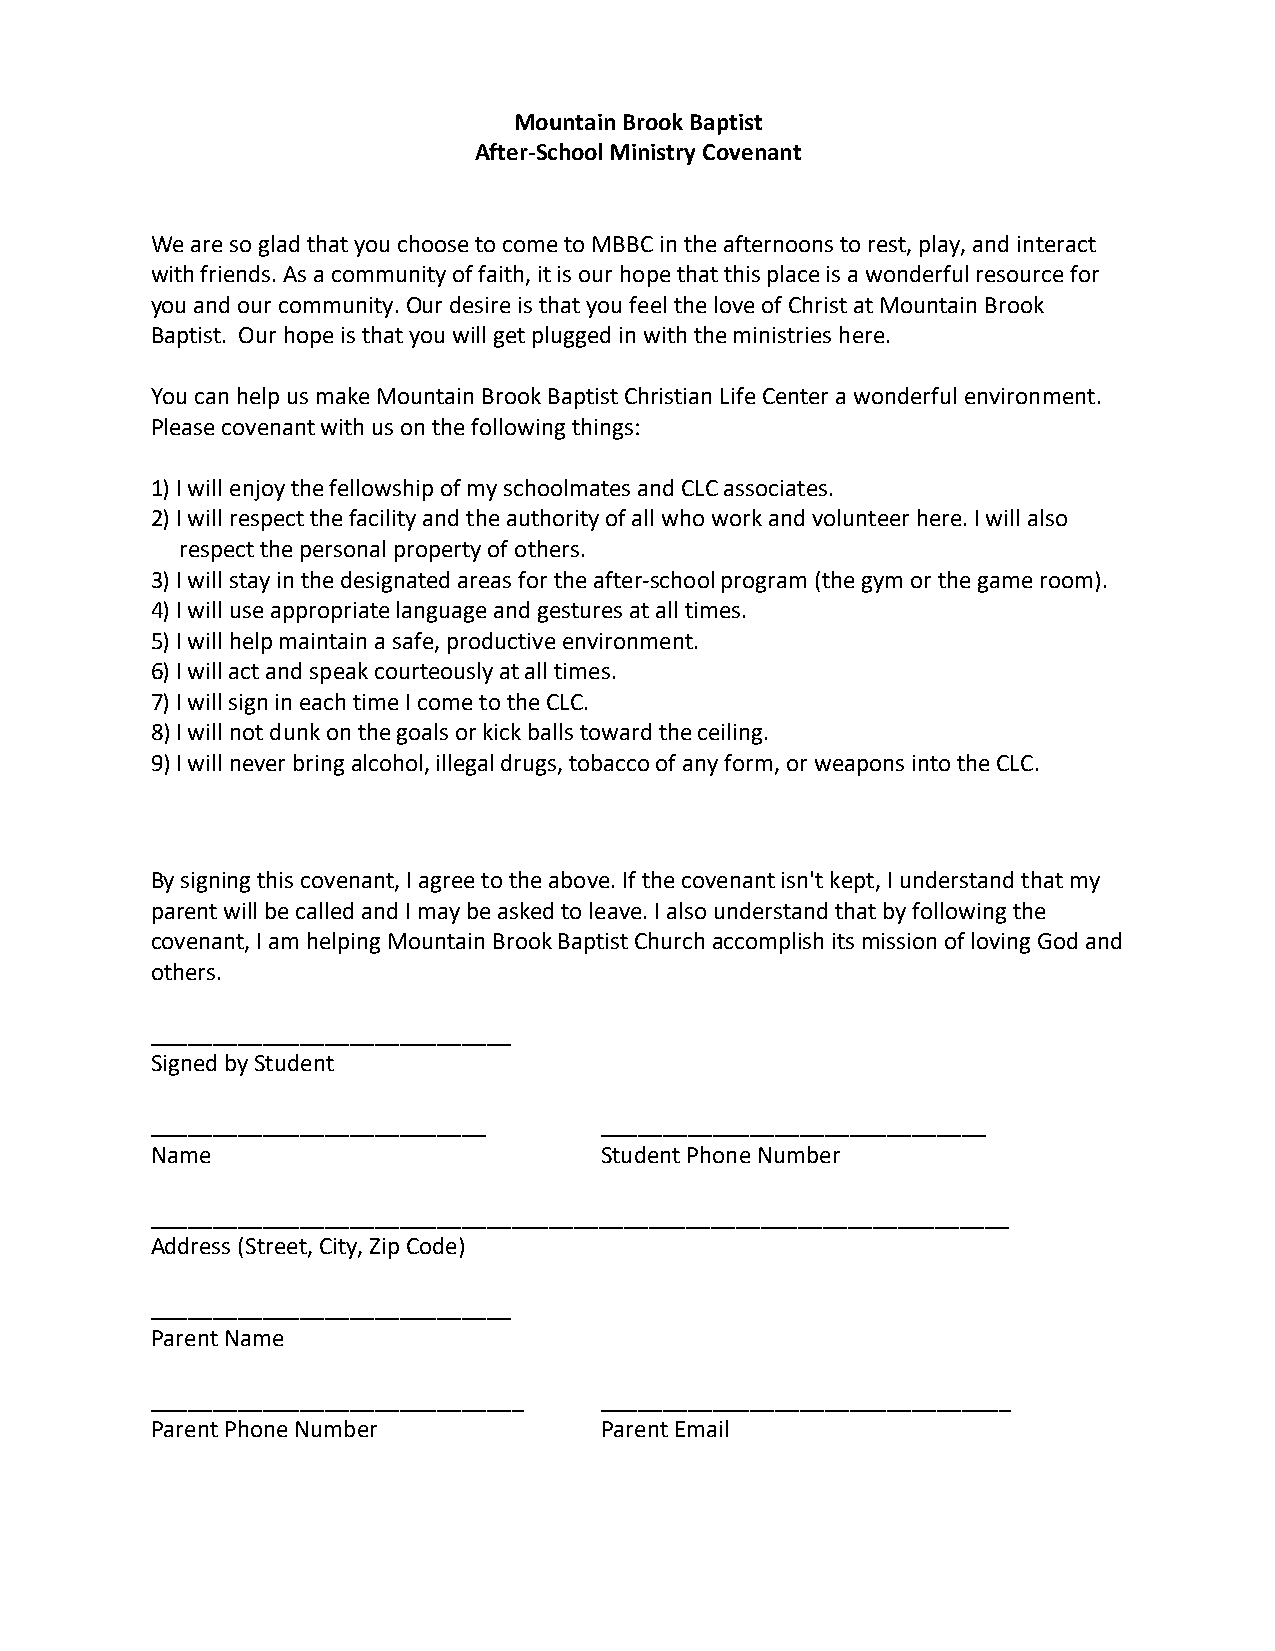
Mountain Brook Baptist
 After-School Ministry Covenant
 We are so glad that you choose to come to MBBC in the afternoons to rest, play, and interact
 with friends. As a community of faith, it is our hope that this place is a wonderful resource for
 you and our community. Our desire is that you feel the love of Christ at Mountain Brook
 Baptist. Our hope is that you will get plugged in with the ministries here.
 You can help us make Mountain Brook Baptist Christian Life Center a wonderful environment.
 Please covenant with us on the following things:
 1) I will enjoy the fellowship of my schoolmates and CLC associates.
 2) I will respect the facility and the authority of all who work and volunteer here. I will also
 respect the personal property of others.
 3) I will stay in the designated areas for the after-school program (the gym or the game room).
 4) I will use appropriate language and gestures at all times.
 5) I will help maintain a safe, productive environment.
 6) I will act and speak courteously at all times.
 7) I will sign in each time I come to the CLC.
 8) I will not dunk on the goals or kick balls toward the ceiling.
 9) I will never bring alcohol, illegal drugs, tobacco of any form, or weapons into the CLC.
 By signing this covenant, I agree to the above. If the covenant isn't kept, I understand that my
 parent will be called and I may be asked to leave. I also understand that by following the
 covenant, I am helping Mountain Brook Baptist Church accomplish its mission of loving God and
 others.
 _____________________________
 Signed by Student
 ___________________________   _______________________________
 Name                          Student Phone Number
 _____________________________________________________________________
 Address (Street, City, Zip Code)
 _____________________________
 Parent Name
 ______________________________ _________________________________
 Parent Phone Number           Parent Email